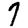
Digit: 7